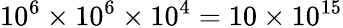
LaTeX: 10^{6}\times 10^{6}\times 10^{4}=10\times 10^{15}